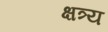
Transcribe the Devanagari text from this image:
क्षत्र्य